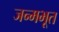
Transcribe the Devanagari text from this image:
जन्मभूत